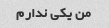
من یکی ندارم